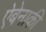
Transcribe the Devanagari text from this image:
ऐबेनाकी